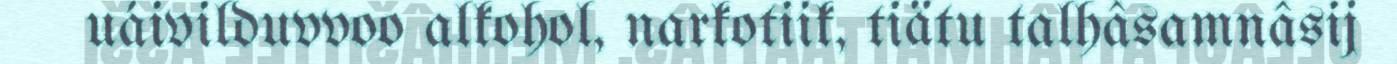
uáivilduvvoo alkohol, narkotiik, tiätu talhâsamnâsij